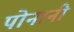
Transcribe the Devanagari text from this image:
पोनानी